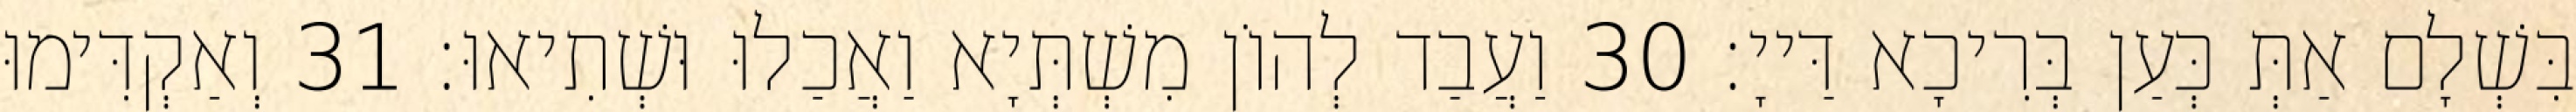
בִּשְׁלָם אַתְּ כְּעַן בְּרִיכָא דַּייָ׃ 30 וַעֲבַד לְהוֹן מִשְׁתְּיָא וַאֲכַלוּ וּשְׁתִיאוּ׃ 31 וְאַקְדִּימוּ